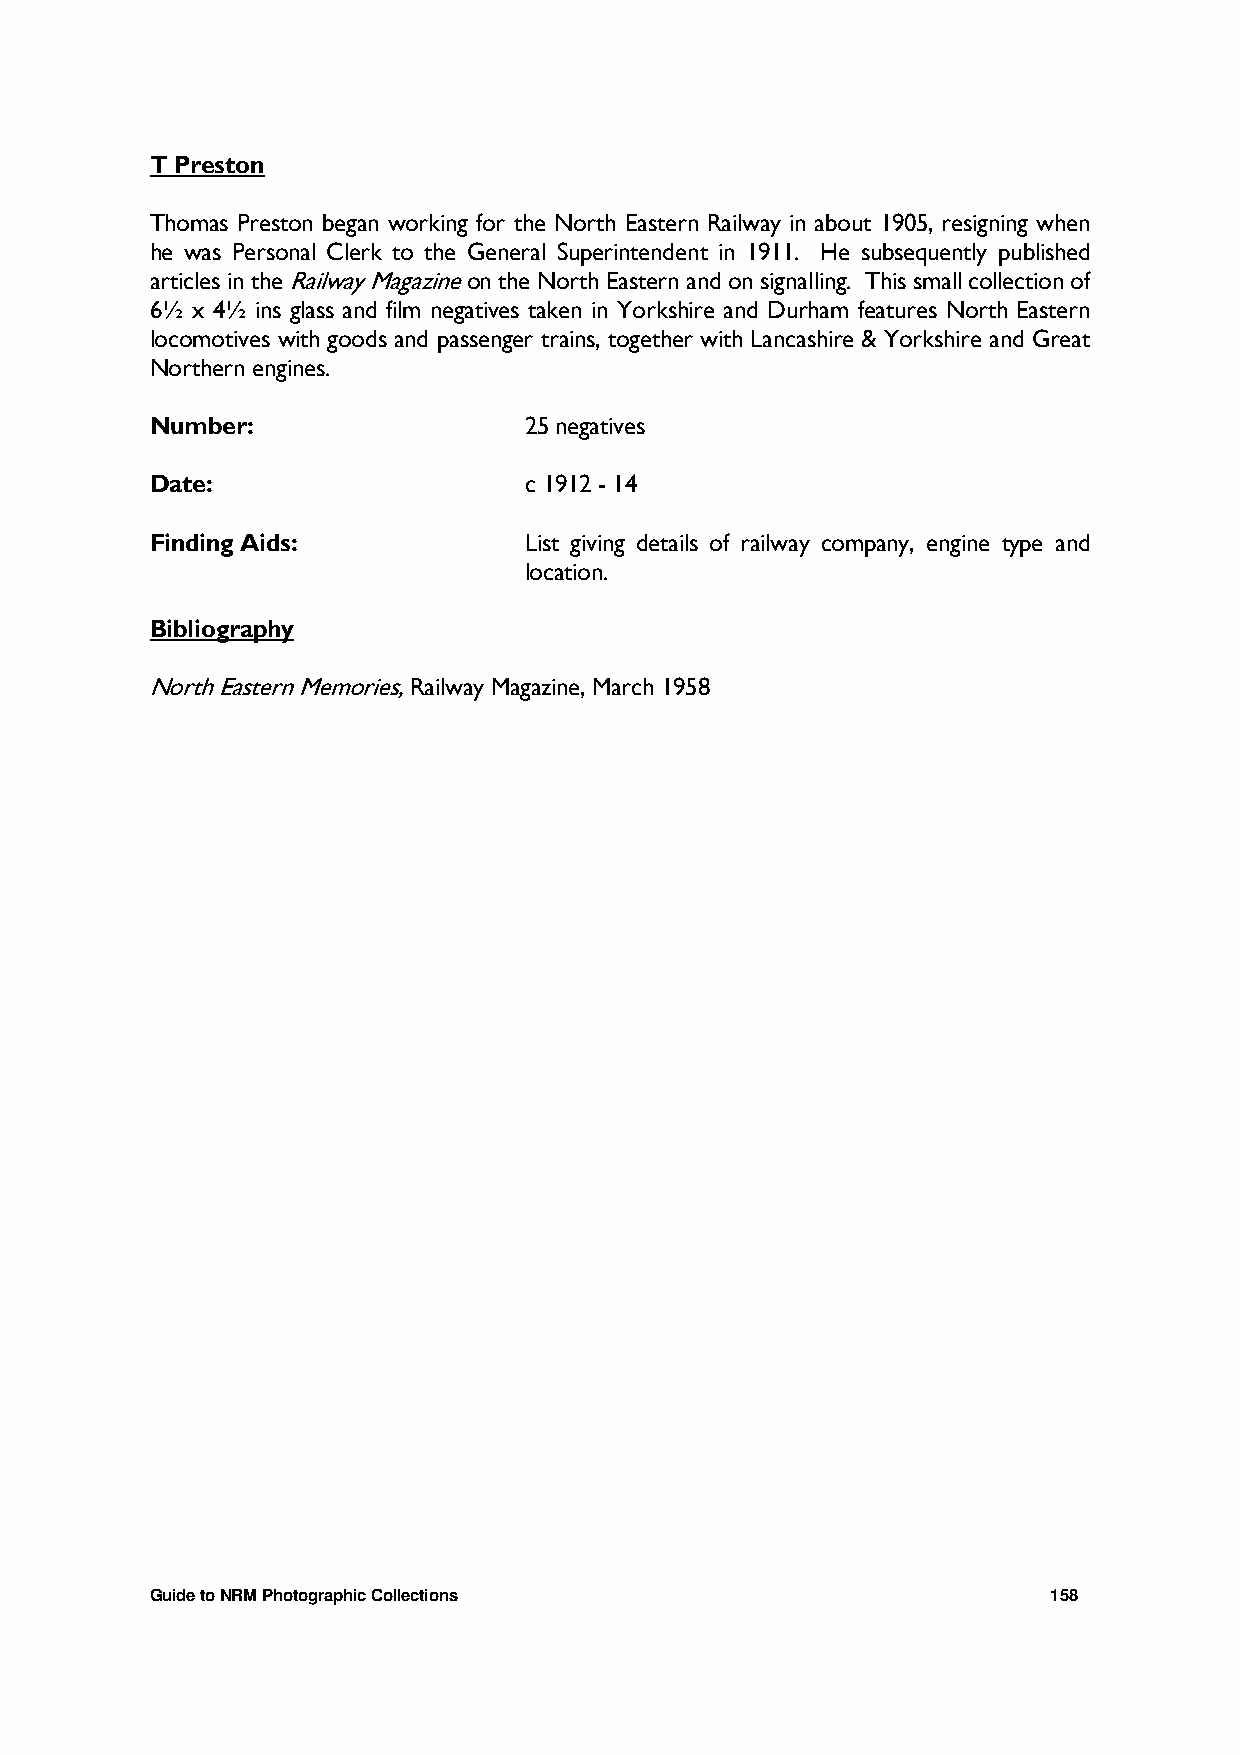
T Preston
 Thomas Preston began working for the North Eastern Railway in about 1905, resigning when
 he was Personal Clerk to the General Superintendent in 1911. He subsequently published
 articles in the Railway Magazine on the North Eastern and on signalling. This small collection of
 6½ x 4½ ins glass and film negatives taken in Yorkshire and Durham features North Eastern
 locomotives with goods and passenger trains, together with Lancashire & Yorkshire and Great
 Northern engines.
 Number:                  25 negatives
 Date:                    c 1912 - 14
 Finding Aids:            List giving details of railway company, engine type and
 location.
 Bibliography
 North Eastern Memories, Railway Magazine, March 1958
 Guide to NRM Photographic Collections                       158